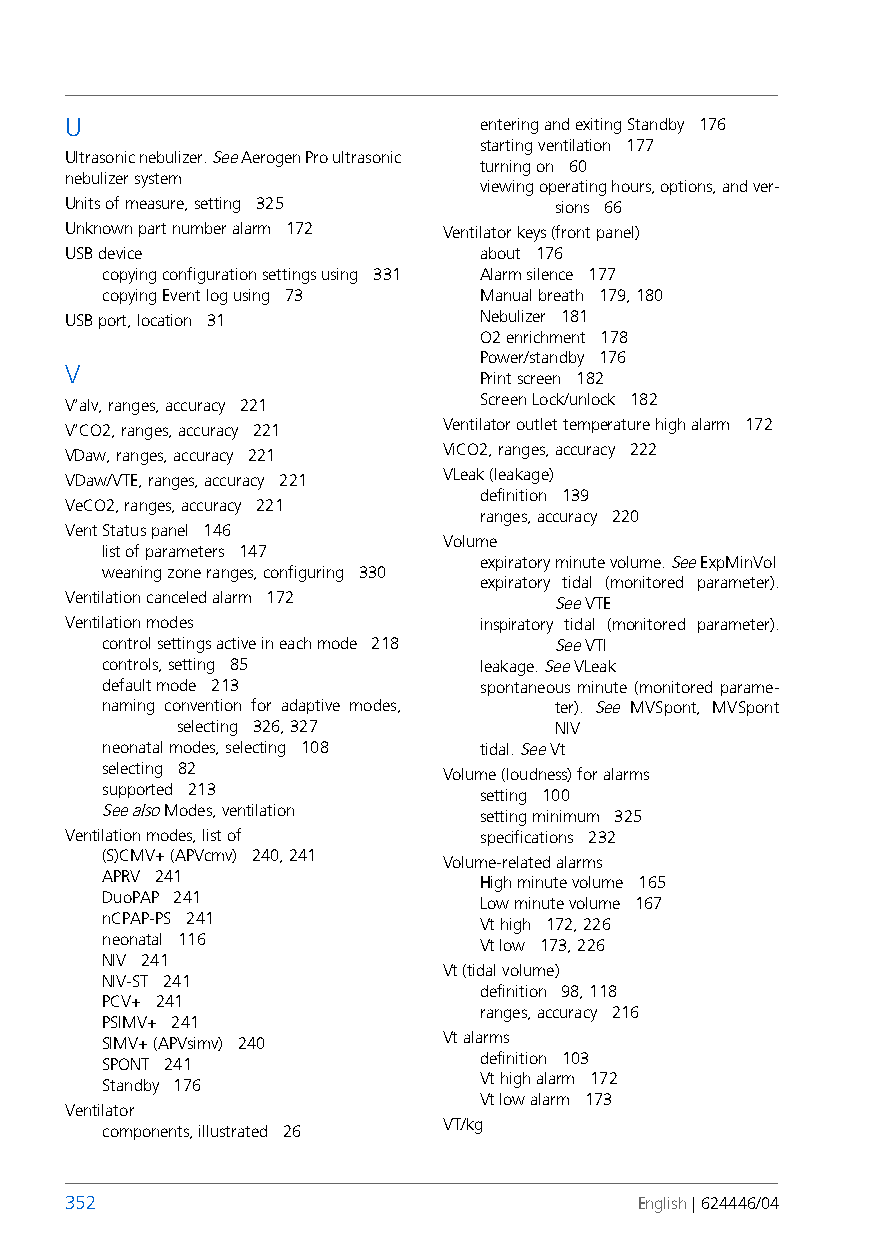
U                           entering and exiting Standby 176
 starting ventilation 177
 Ultrasonic nebulizer. See Aerogen Pro ultrasonic
 turning on 60
 nebulizer system
 viewing operating hours, options, and ver-
 Units of measure, setting 325    sions 66
 Unknown part number alarm 172 Ventilator keys (front panel)
 USB device                  about 176
 copying configuration settings using 331 Alarm silence 177
 copying Event log using 73 Manual breath 179, 180
 USB port, location 31       Nebulizer 181
 O2 enrichment 178
 Power/standby 176
 V
 Print screen 182
 Screen Lock/unlock 182
 V’alv, ranges, accuracy 221
 Ventilator outlet temperature high alarm 172
 V’CO2, ranges, accuracy 221
 ViCO2, ranges, accuracy 222
 VDaw, ranges, accuracy 221
 VLeak (leakage)
 VDaw/VTE, ranges, accuracy 221
 definition 139
 VeCO2, ranges, accuracy 221
 ranges, accuracy 220
 Vent Status panel 146
 Volume
 list of parameters 147
 expiratory minute volume. See ExpMinVol
 weaning zone ranges, configuring 330
 expiratory tidal (monitored parameter).
 Ventilation canceled alarm 172   See VTE
 Ventilation modes           inspiratory tidal (monitored parameter).
 control settings active in each mode 218 See VTI
 controls, setting 85     leakage. See VLeak
 default mode 213         spontaneous minute (monitored parame-
 naming convention for adaptive modes, ter). See MVSpont, MVSpont
 selecting 326, 327       NIV
 neonatal modes, selecting 108 tidal. See Vt
 selecting 82          Volume (loudness) for alarms
 supported 213            setting 100
 See also Modes, ventilation setting minimum 325
 Ventilation modes, list of  specifications 232
 (S)CMV+ (APVcmv) 240, 241 Volume-related alarms
 APRV 241                 High minute volume 165
 DuoPAP 241               Low minute volume 167
 nCPAP-PS 241             Vt high 172, 226
 neonatal 116             Vt low 173, 226
 NIV 241
 Vt (tidal volume)
 NIV-ST 241
 definition 98, 118
 PCV+ 241
 ranges, accuracy 216
 PSIMV+ 241
 Vt alarms
 SIMV+ (APVsimv) 240
 definition 103
 SPONT 241
 Vt high alarm 172
 Standby 176
 Vt low alarm 173
 Ventilator
 VT/kg
 components, illustrated 26
 352                                   English | 624446/04